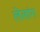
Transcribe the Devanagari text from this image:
लेलांग